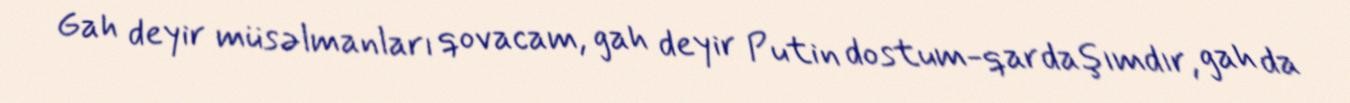
Gah deyir müsəlmanları qovacam, gah deyir Putin dostum-qardaşımdır, gah da